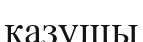
қазушы